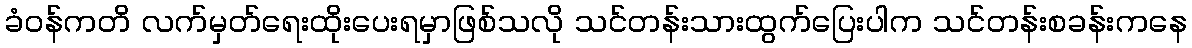
ခံဝန်ကတိ လက်မှတ်ရေးထိုးပေးရမှာဖြစ်သလို သင်တန်းသားထွက်ပြေးပါက သင်တန်းစခန်းကနေ